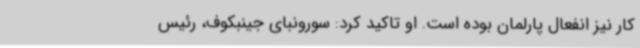
کار نیز انفعال پارلمان بوده است. او تاکید کرد: سورونبای جینبکوف، رئیس